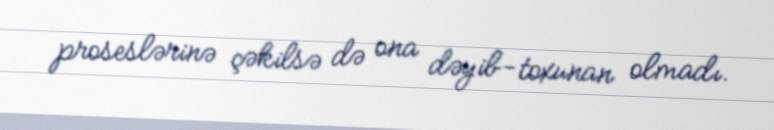
proseslərinə çəkilsə də ona dəyib-toxunan olmadı.